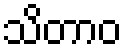
သိတာဝ